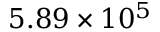
5 . 8 9 \times 1 0 ^ { 5 }